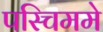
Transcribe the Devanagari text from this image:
पस्चिममे